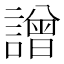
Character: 譄